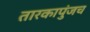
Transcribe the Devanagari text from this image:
तारकापुंजच